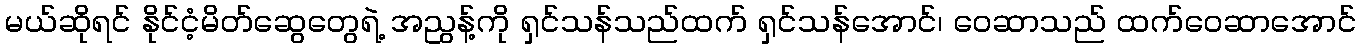
မယ်ဆိုရင် နိုင်ငံ့မိတ်ဆွေတွေရဲ့ အညွန့်ကို ရှင်သန်သည်ထက် ရှင်သန်အောင်၊ ဝေဆာသည် ထက်ဝေဆာအောင်